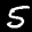
Label: 5